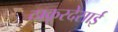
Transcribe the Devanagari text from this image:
ठाकूरदेसाई